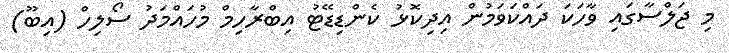
މި ޖަލްސާގައި ވާހަކަ ދައްކަވަމުން އިދިކޮޅު ކެންޑިޑޭޓު އިބްރާހިމް މުހައްމަދު ސޯލިހް (އިބޫ)